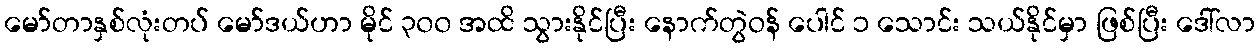
မော်တာနှစ်လုံးတပ် မော်ဒယ်ဟာ မိုင် ၃၀၀ အထိ သွားနိုင်ပြီး နောက်တွဲဝန် ပေါင် ၁ သောင်း သယ်နိုင်မှာ ဖြစ်ပြီး ဒေါ်လာ